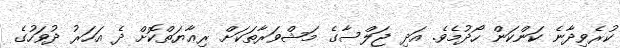
ކުރެވިދާނެ ކަންކަން ހޯދުމެވެ. އަދި ޖަލްސާގެ މަޝްވަރާތަކަށް ރިޢާޔަތްކޮށް ދެ އަހަރު ދުވަހުގެ